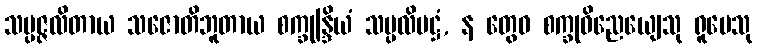
သမ္ပဇ္ဇလိတာယ သဇောတိဘူတာယ စက္ခုန္ဒြိယံ သမ္ပလိမဋ္ဌံ, န တွေဝ စက္ခုဝိညေယျေသု ရူပေသု